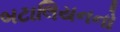
બટાલિયનનો